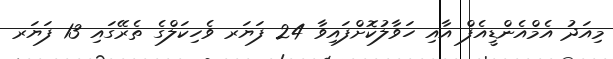
މިއަދު އެމްއެންޑީއެފް އާއި ހަވާލުކޮށްފައިވާ 24 ފަޔަރ ވެހިކަލްގެ ތެރޭގައި 13 ފަޔަރ